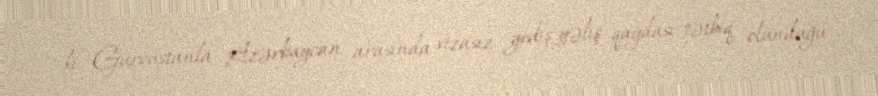
ki, Gürcüstanla Azərbaycan arasında vizasız gediş-gəliş qaydası tətbiq olunduğu